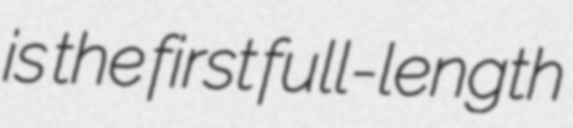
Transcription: is the first full-length